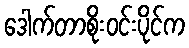
ဒေါက်တာစိုးဝင်းပိုင်က